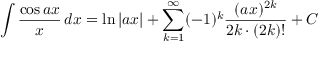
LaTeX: \int { \frac { \cos a x } { x } } \, d x = \ln | a x | + \sum _ { k = 1 } ^ { \infty } ( - 1 ) ^ { k } { \frac { ( a x ) ^ { 2 k } } { 2 k \cdot ( 2 k ) ! } } + C